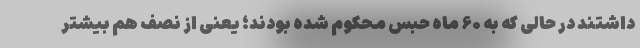
داشتند در حالی که به ۶۰ ماه حبس محکوم شده بودند؛ یعنی از نصف هم بیشتر